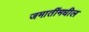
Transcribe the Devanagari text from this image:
जमातींमधील